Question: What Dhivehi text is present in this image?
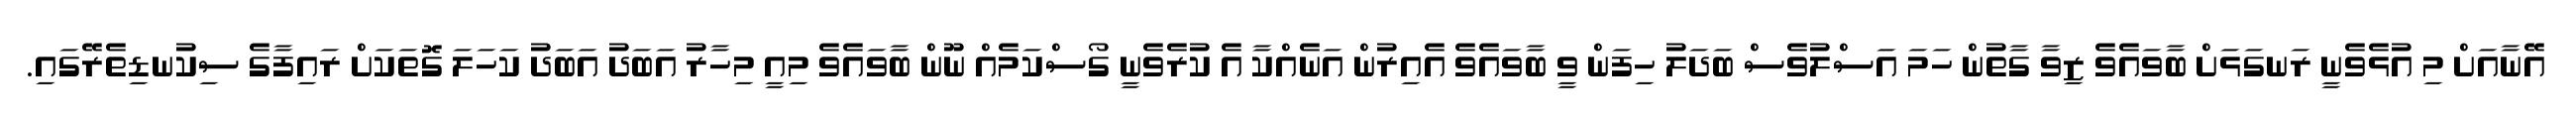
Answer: އޭނާއަށް މި އުޅެވެނީ ރަނގަޅަށް ބާވައެވެ ޒިވާ ގާތުން ހަމަ އަސްލުވެސް ބަދަލު ހިފަން ވީ ބާވައެވެ އެއިރުން އަނެއްކާ އެ ކުރެވެނީ ގޯސްކަމެއް ނޫން ބާވައެވެ މިއީ މިހާރު އަބަދު އަބަދު ކަހަލަ ގޮތަކަށް ރައިފާގެ ސިކުނޑިތެރޭގައި.